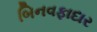
બિનવફાદાર